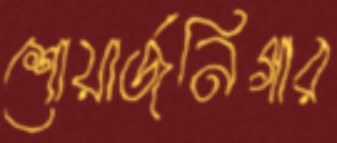
শোয়ার্জনিগার